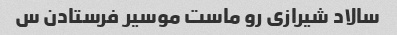
سالاد شیرازی رو ماست موسیر فرستادن س